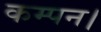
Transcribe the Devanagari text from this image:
कम्पन।